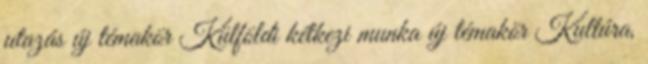
utazás új témakör Külföldi kétkezi munka új témakör Kultúra,